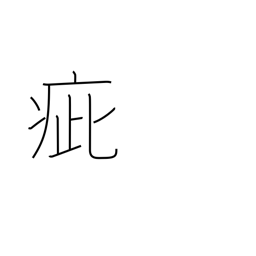
Meaning: speck